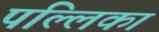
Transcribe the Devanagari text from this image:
पल्लिका